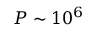
P \sim 1 0 ^ { 6 }